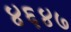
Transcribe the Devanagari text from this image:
४६४७